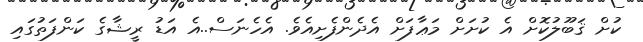
ކުށް ޤަބޫލުކޮށް އެ ކުށަށް މަޢާފަށް އެދެންފެށިއެވެ. އެހެނަސް..އެ އަޑު ރީޝާގެ ކަންފަތުގައި